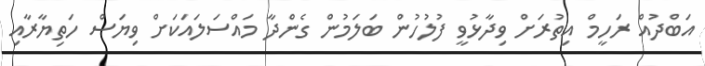
އަބްދުއް ރަހީމް އިތުރަށް ވިދާޅުވީ ފުލުހުން ބަލަމުން ގެންދާ މައްސަލައަކަށް ވިޔަސް ހަތިޔާރާއި